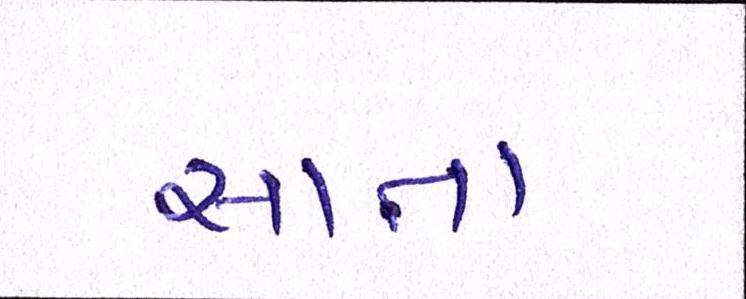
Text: સાતા